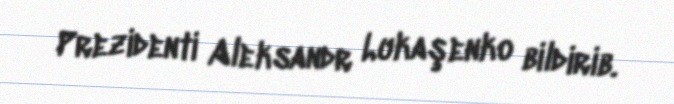
Prezidenti Aleksandr Lukaşenko bildirib.